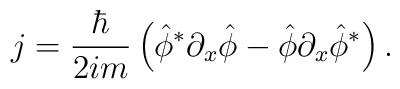
j= {\hbar \over 2im} \left( \hat\phi^{*}\partial_x\hat\phi -\hat\phi\partial_x\hat\phi^{*} \right). \nonumber